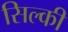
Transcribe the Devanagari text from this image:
सिल्की